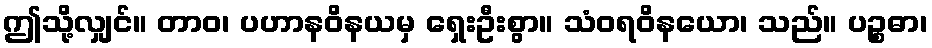
ဤသို့လျှင်။ တာဝ၊ ပဟာနဝိနယမှ ရှေးဦးစွာ။ သံဝရဝိနယော၊ သည်။ ပဉ္စဓာ၊